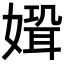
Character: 𡠸